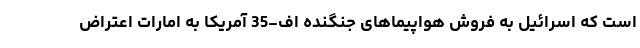
است که اسرائیل به فروش هواپیماهای جنگنده اف-35 آمریکا به امارات اعتراض